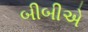
બીબીએ